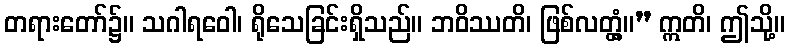
တရားတော်၌။ သဂါရဝေါ၊ ရိုသေခြင်းရှိသည်။ ဘဝိဿတိ၊ ဖြစ်လတ္တံ့။” ဣတိ၊ ဤသို့။